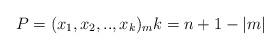
LaTeX: \begin{align*}P=(x_{1},x_{2},..,x_{k})_{m}k=n+1-\left\vert m\right\vert\end{align*}